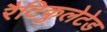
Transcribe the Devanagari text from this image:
रैटिकुलेटेड